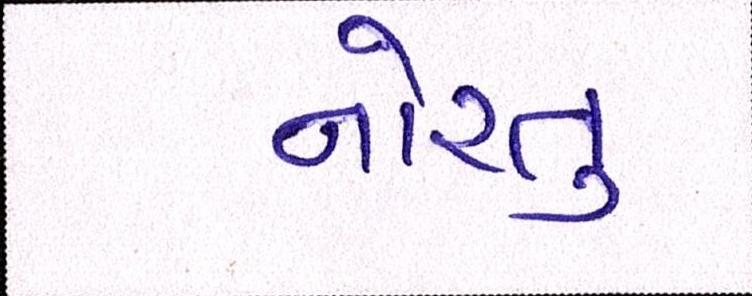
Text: નોરતુ